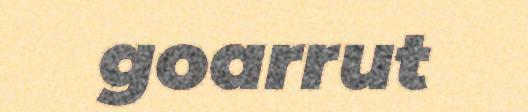
goarrut